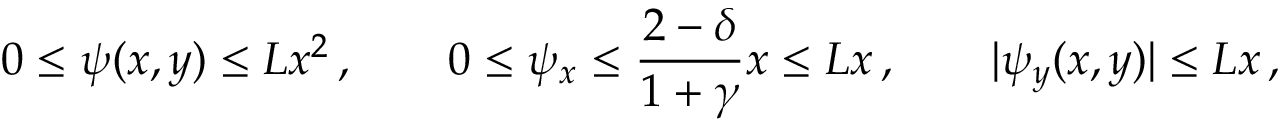
0 \leq \psi ( x , y ) \leq L x ^ { 2 } \, , \qquad 0 \leq \psi _ { x } \leq \frac { 2 - \delta } { 1 + \gamma } x \leq L x \, , \qquad | \psi _ { y } ( x , y ) | \leq L x \, ,